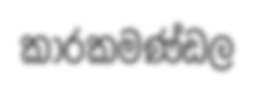
කාරකමණ්ඩල